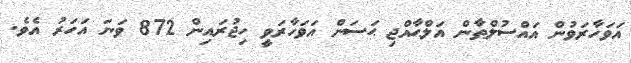
އަވަހާރަވުން އައްސުލްޠާން އަލްޙާއްޖި ޙަސަން އަވަހާރަވީ ހިޖުރައިން 872 ވަނަ އަހަރު އެވެ.